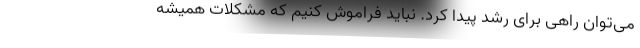
می‌توان راهی برای رشد پیدا کرد. نباید فراموش کنیم که مشکلات همیشه